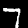
Label: 7